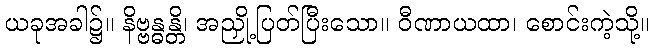
ယခုအခါ၌။ နိဗ္ဗန္ဓန္တိ၊ အညှို့ပြတ်ပြီးသော။ ဝီဏာယထာ၊ စောင်းကဲ့သို့။